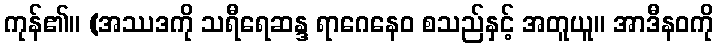
ကုန်၏။ (အဿဒကို သရီရေဆန္ဒ ရာဂေနေဝ စသည်နှင့် အတူယူ။ အာဒီနဝကို